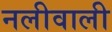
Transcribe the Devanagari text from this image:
नलीवाली